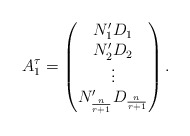
\begin{align*}A^\tau_1= \begin{pmatrix} N_1^\prime D_1 \\ N_2^\prime D_2 \\ \vdots \\ N_{\frac{n}{r+1}}^\prime D_{\frac{n}{r+1}} \end{pmatrix}.\end{align*}